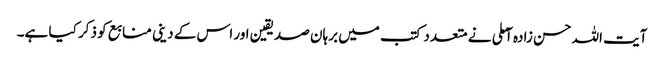
آیت اللہ حسن زادہ آملی نے متعدد کتب میں برہان صدیقین اور اس کے دینی منابع کو ذکر کیا ہے۔